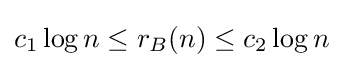
c_{1}\log n\leq r_{B}(n)\leq c_{2}\log n